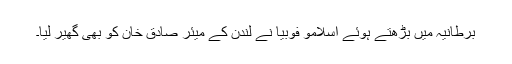
برطانیہ میں بڑھتے ہوئے اسلامو فوبیا نے لندن کے میئر صادق خان کو بھی گھیر لیا۔